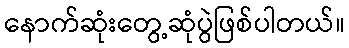
နောက်ဆုံးတွေ့ဆုံပွဲဖြစ်ပါတယ်။